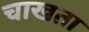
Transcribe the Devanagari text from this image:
चाखता